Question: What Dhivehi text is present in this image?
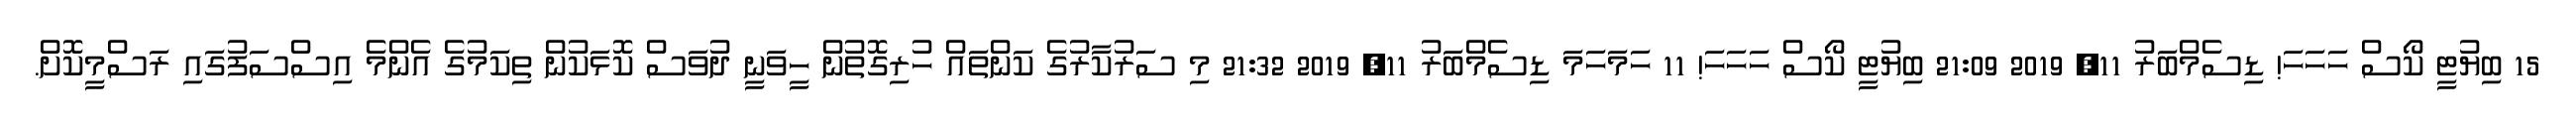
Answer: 15 ބިޔުޓީ ކޯސް ހަހަހަ! ޑިސެމްބަރު 11, 2019 21:09 ބިޔުޓީ ކޯސް ހަހަހަ! 11 ހަމަހަމަ ޑިސެމްބަރު 11, 2019 21:32 މި ސަރުކާރުގެ ކަންތައް ހުރިގޮތުން ހީވަނީ ދުވަސް ކޮޅަކުން ތިކަމުގެ އެންމެ އިސްސަފުގައި ރަސްމީކޮށް.